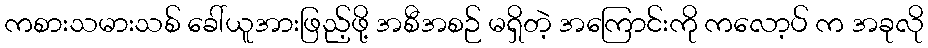
ကစားသမားသစ် ခေါ်ယူအားဖြည့်ဖို့ အစီအစဉ် မရှိတဲ့ အကြောင်းကို ကလော့ပ် က အခုလို